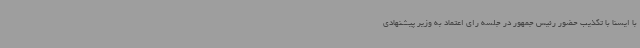
با ایسنا با تکذیب حضور رئیس جمهور در جلسه رای اعتماد به وزیر پیشنهادی